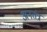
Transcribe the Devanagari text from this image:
अनतंत्र